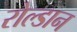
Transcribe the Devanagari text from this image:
रोल्डान